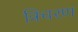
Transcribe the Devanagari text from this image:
त्रिचरण